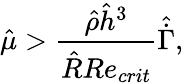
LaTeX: \hat{\mu}>\frac{\hat{\rho}\hat{h}^{3}}{\hat{R}Re_{crit}}\hat{\dot{\Gamma}},